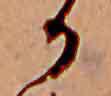
か